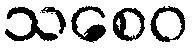
သစေဝ